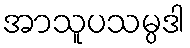
အာသူပသမ္ပဒါ